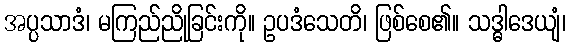
အပ္ပသာဒံ၊ မကြည်ညိုခြင်းကို။ ဥပဒံသေတိ၊ ဖြစ်စေ၏။ သဒ္ဓါဒေယျံ၊